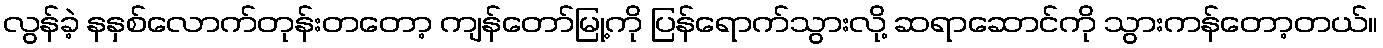
လွန်ခဲ့ နနှစ်လောက်တုန်းတတော့ ကျန်တော်မြု့ကို ပြန်ရောက်သွားလို့ ဆရာဆောင်ကို သွားကန်တော့တယ်။